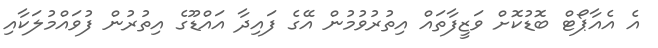
އެ އެއާޕޯޓް ބޮޑުކޮށް ވަޒީފާތައް އިތުރުވުމުން އޭގެ ފައިދާ އައްޑޫގެ އިތުރުން ފުވައްމުލަކާއި